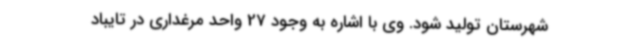
شهرستان تولید شود. وی با اشاره به وجود 27 واحد مرغداری در تایباد